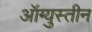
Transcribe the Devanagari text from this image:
ऑग्युस्तीन